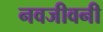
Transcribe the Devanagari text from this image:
नवजीवनी